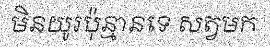
មិនយូរប៉ុន្មានទេ សត្វមក